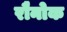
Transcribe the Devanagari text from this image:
रौनोक